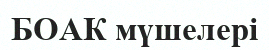
БОАК мүшелері